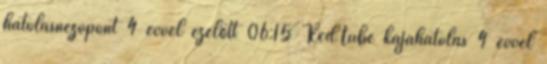
hatolásnézőpont 4 évvel ezelőtt 06:15 RedTube kajahatolás 4 évvel